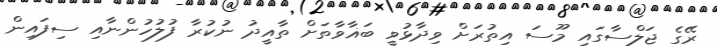
ރޭގެ ޖަލްސާގައި މޫސަ އިތުރަށް ވިދާޅުވީ ބަޣާވާތަށް ތާއީދު ނުކުރާ ފުލުހުންނާއި ސިފައިން